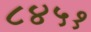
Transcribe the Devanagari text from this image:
८४५१